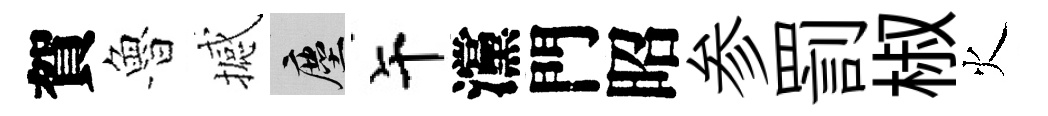
賀魯撼塵午灙門昭参罰椒火